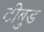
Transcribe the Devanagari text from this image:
टीबुड